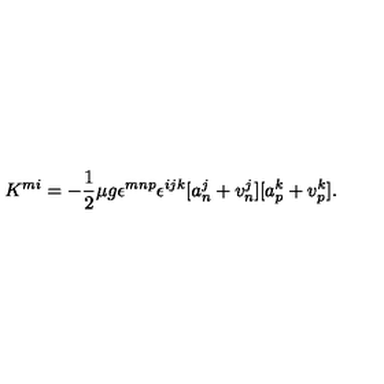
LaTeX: K ^ { m i } = - \frac { 1 } { 2 } \mu g \epsilon ^ { m n p } \epsilon ^ { i j k } [ a _ { n } ^ { j } + v _ { n } ^ { j } ] [ a _ { p } ^ { k } + v _ { p } ^ { k } ] .